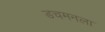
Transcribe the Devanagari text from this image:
डचमनला